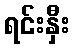
ရင်းနှီး